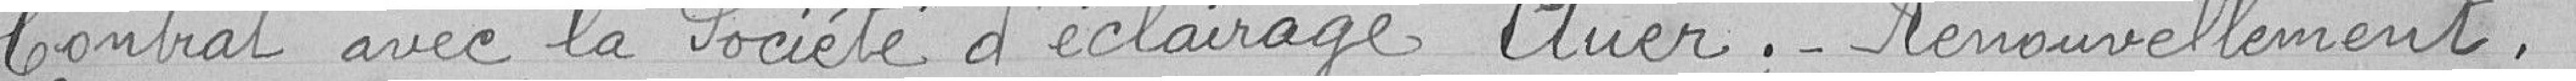
Contrat avec la Société d'éclairage Auer. Renouvellement